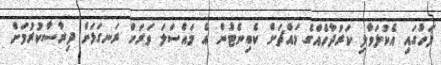
ފަހުގައި އެކުލަވާލި ކަރުދާހެއްގެ މައްޗަށް ކެބިނެޓުން އެ މައްސަލަ ވަރަށް ރަނގަޅަށް ދިރާސާކުރުމަށް